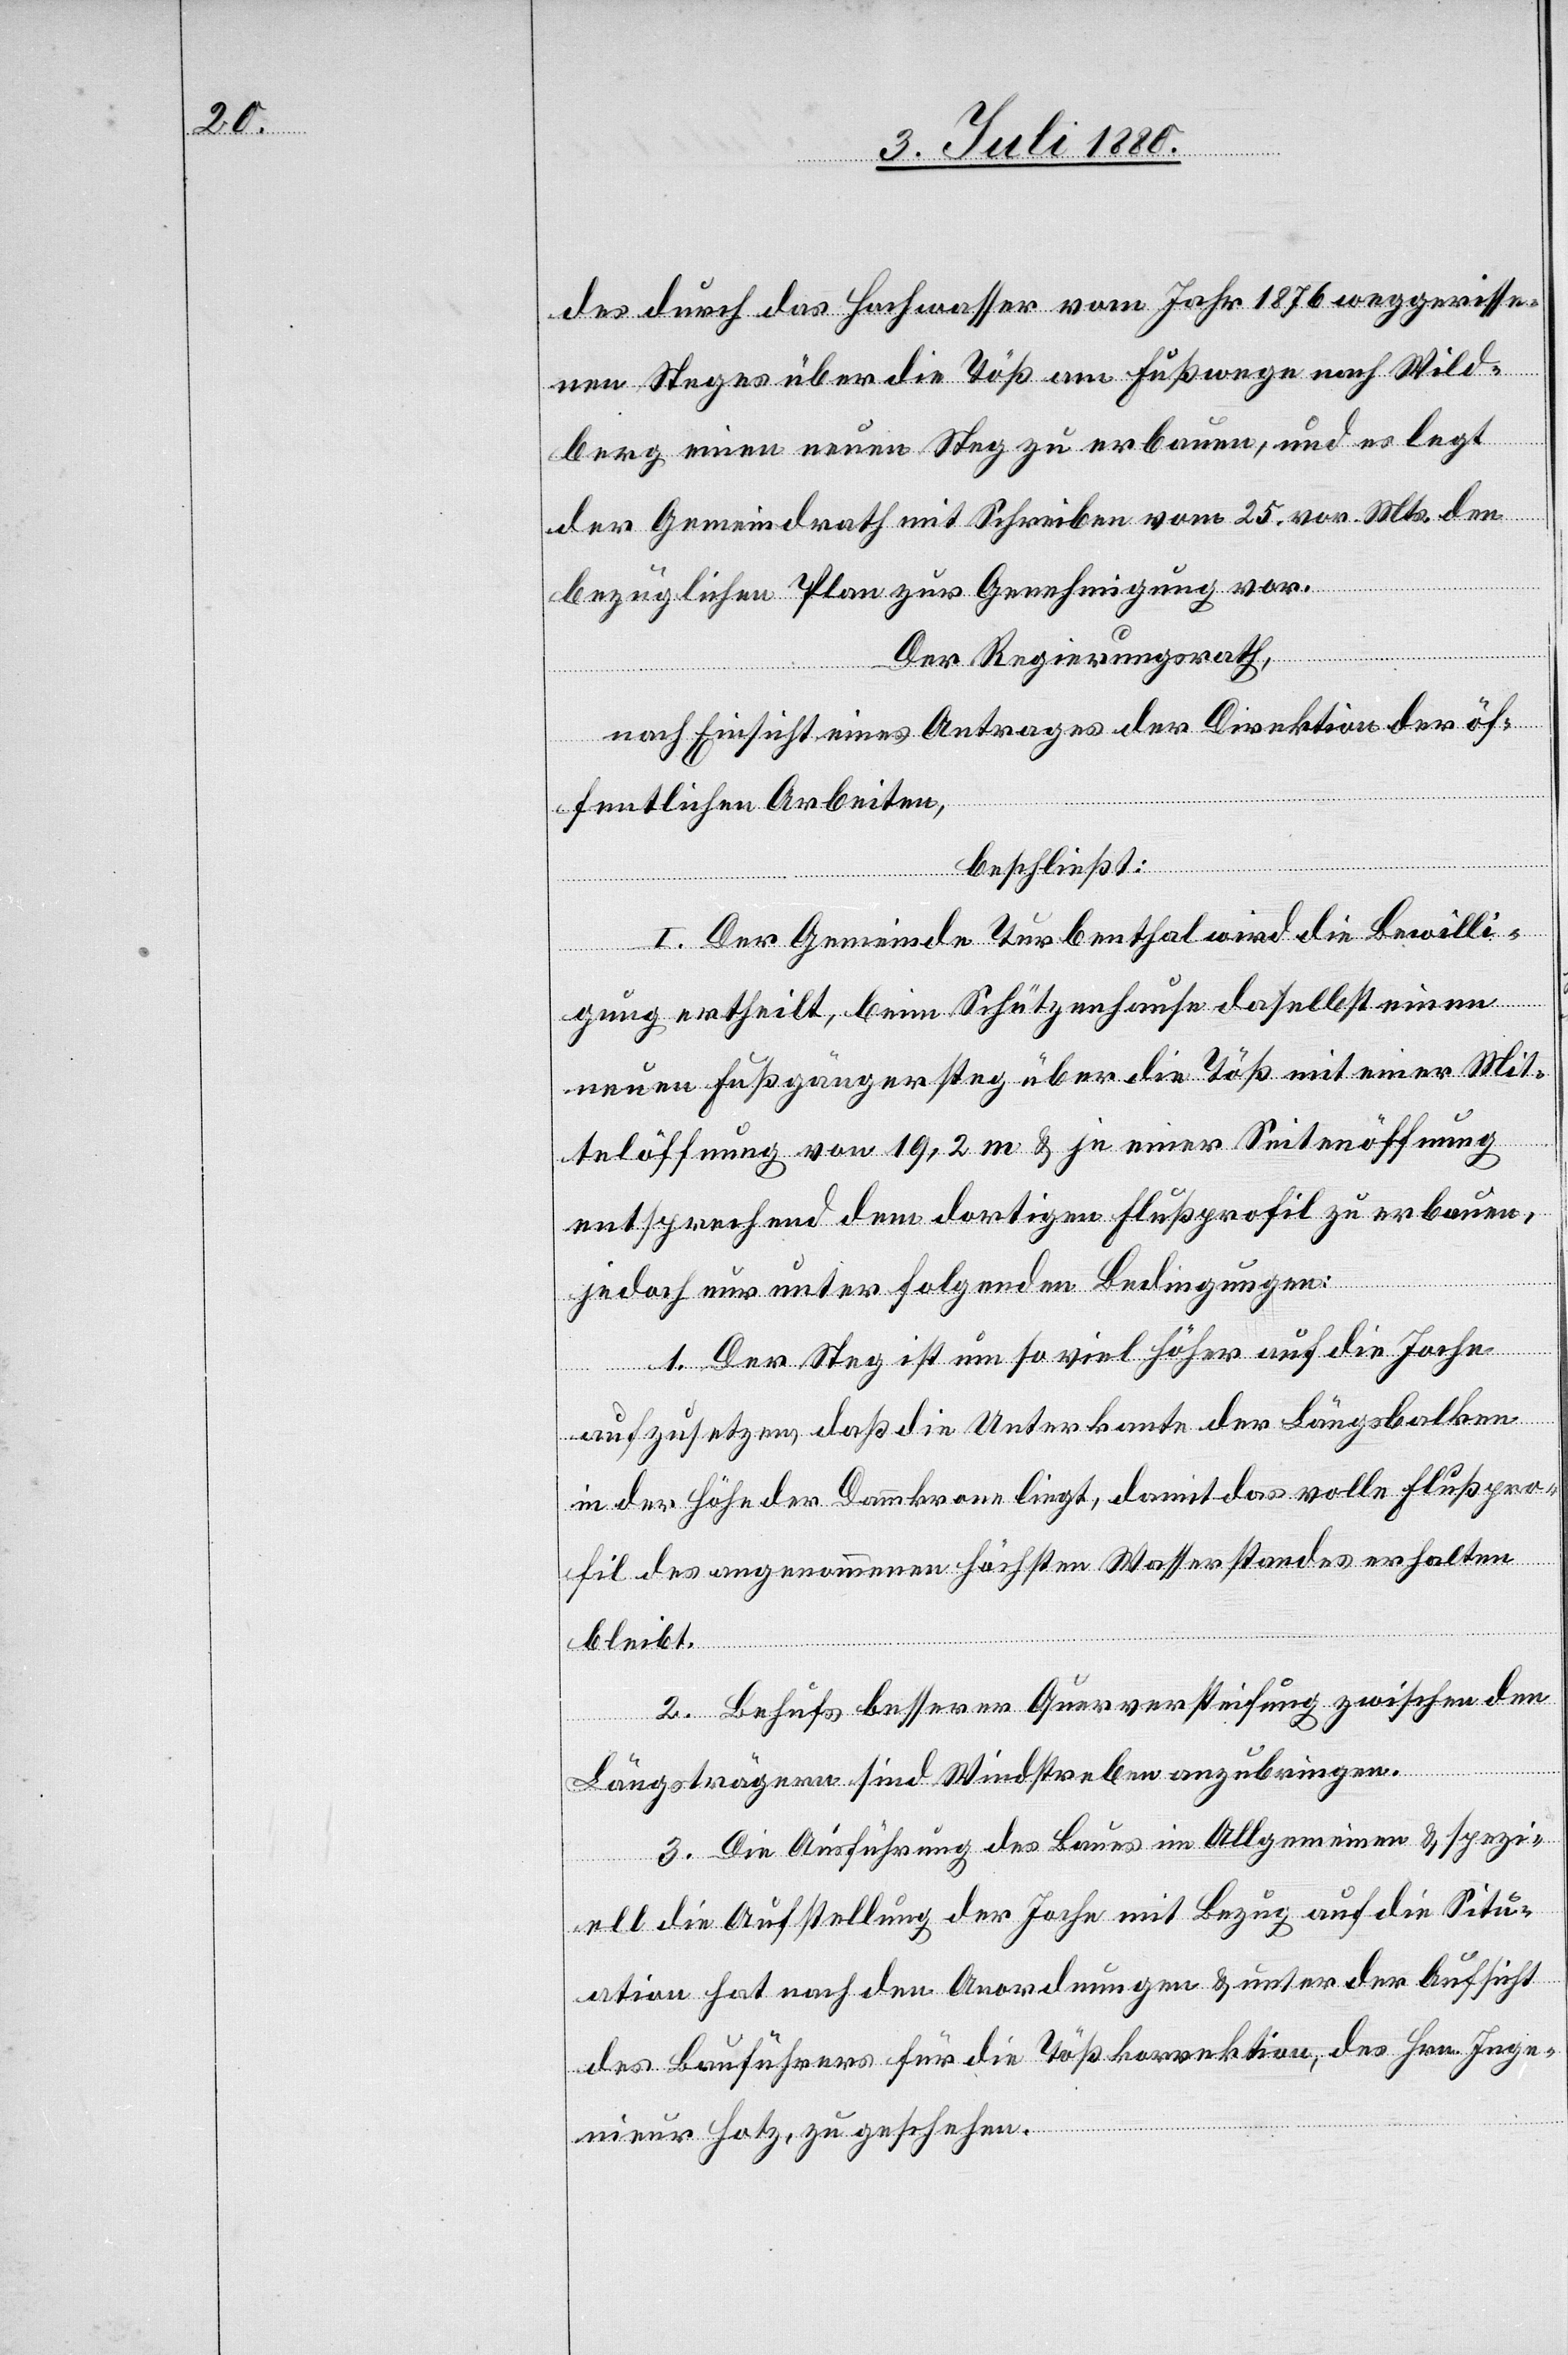
das durch das Hochwasser vom Jahr 1876 weggerisse¬
nen Steges über die Töß am Fußwege nach Wild¬
berg einen neuen Steg zu erbauen, und es legt
der Gemeindrath mit Schreiben vom 25. vor. Mts. den
bezüglichen Plan zur Genehmigung vor.
Der Regierungsrath,
nach Einsicht eines Antrages der Direktion der öf¬
fentlichen Arbeiten,
beschließt:
I. Der Gemeinde Turbenthal wird die Bewilli¬
gung ertheilt, beim Schützenhause daselbst einen
neuen Fußgängersteg über die Töß mit einer Mit¬
telöffnung von 19,2 m & je einer Seitenöffnung
entsprechend dem dortigen Flußprofil zu erbauen,
jedoch nur unter folgenden Bedingungen:
1. Der Steg ist um so viel höher auf die Joche
aufzusetzen daß die Unterkante der Längsbalken
in der Höhe der Dammkrone liegt, damit das volle Flußpro¬
fil des angenommenen höchsten Wasserstandes erhalten
bleibt.
2. Behufs besserer Querversteifung zwischen den
Längsträgern sind Windstreben anzubringen.
3. Die Ausführung des Baues im Allgemeinen & spezi¬
ell die Aufstellung der Joche mit Bezug auf die Situ¬
ation hat nach den Anordnungen & unter der Aufsicht
des Bauführers für die Tößkorrektion, des Hrn. Inge¬
nieur Hotz, zu geschehen.